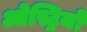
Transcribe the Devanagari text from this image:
ओस्ट्रियो